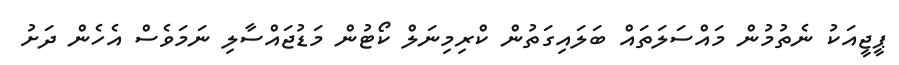
ޕީޖީއަކު ނެތުމުން މައްސަލަތައް ބަލައިގަތުން ކްރިމިނަލް ކޯޓުން މަޑުޖައްސާލި ނަމަވެސް އެހެން ދަށު